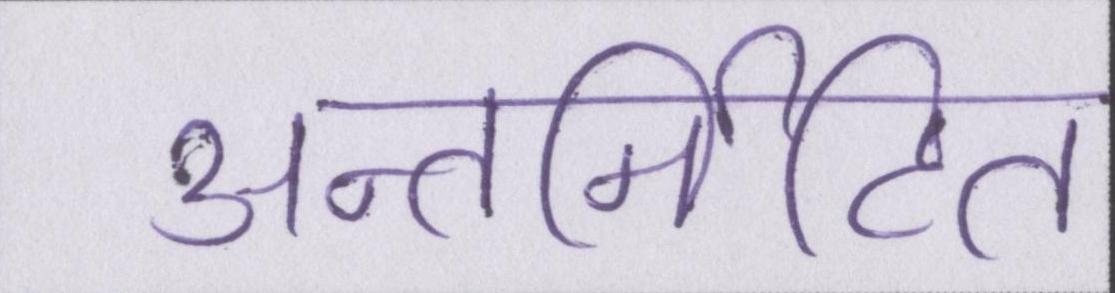
अन्तर्निहित